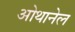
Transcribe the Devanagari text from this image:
ओथानेल